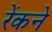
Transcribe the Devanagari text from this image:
रेंकने